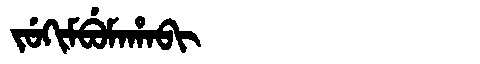
Manchu: ᠵᡠᡴᡳᠮᠪᡠᠮᠠᡥᠠᠪᡳ
Romanization: JUKIMBUMAHABI